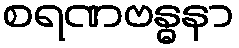
စရဏဗန္ဓနာ